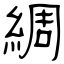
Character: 綢